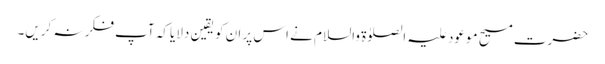
حضرت مسیح موعود علیہ الصلوٰۃ والسلام نے اس پر ان کو یقین دلایا کہ آپ فکر نہ کریں۔